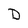
Character: D